EKP_Harju_Rajoonikomitee, lk 9
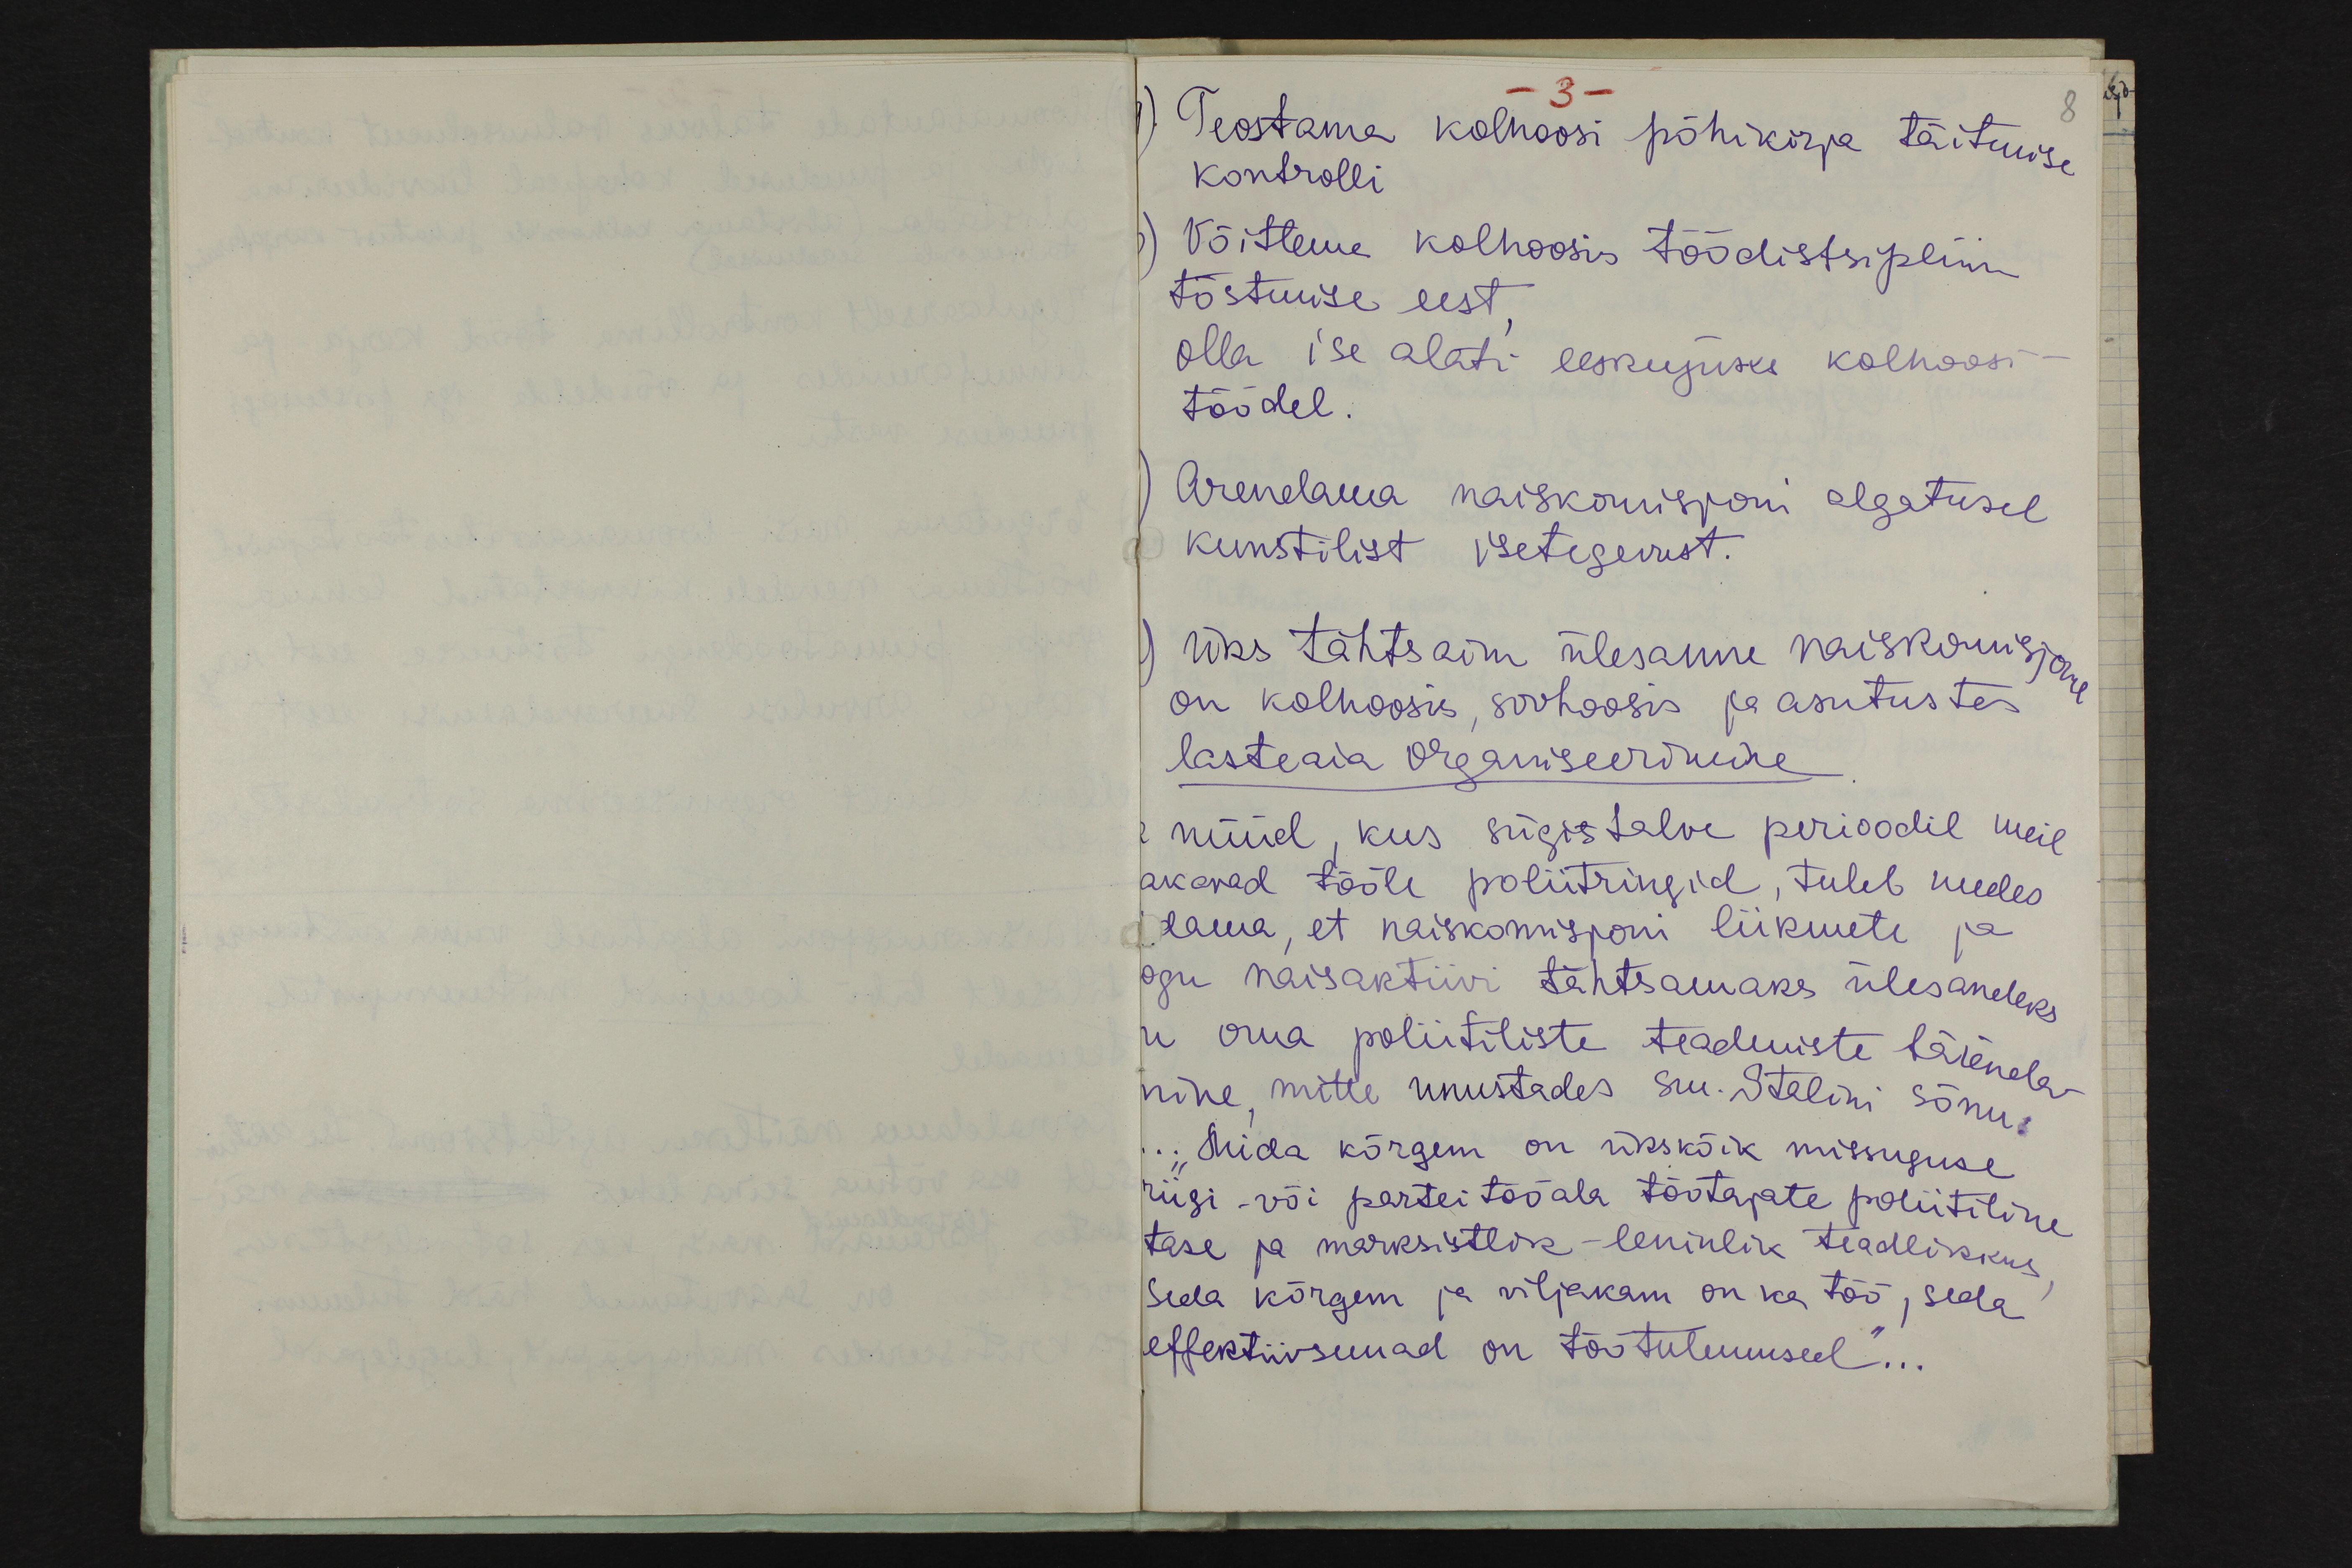
- 3 -
Teostama kolhoosi põhikirja täitmise
kontrolli
Võitlema kolhoosis töödistsipliini
tõstmise eest
olla ise alati eeskujuks kolhoosi
töödel.
Arendama naiskomisjoni algatusel
kunstilist isetegevust.
Üks tähtsaim ülesanne naiskomisjonil
on kolhoosis, sovhoosis ja asutustes.
lasteaia organiseerimine
nüüd, kus sügistalve perioodil meil
akavad tööle poliitringid, tuleb meeles
dama, et naiskomisjoni liikmete ja
ogu naisaktiivi tähtsamaks ülesandeks
n oma poliitiliste teadmiste täienda-
mine, mitte unustades sm. Stalini sõnu
„Mida kõrgem on ükskõik missuguse
riigi või partei tööala töötajate poliitiline
tase ja marksistlik-leninlik teadlikkuks
Seda kõrgem ja viljakam on ka töö, seda
effektiivsumad on töötulemused"...